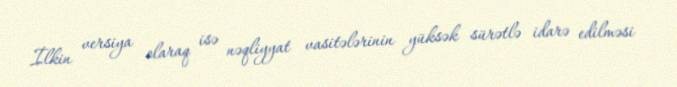
İlkin versiya olaraq isə nəqliyyat vasitələrinin yüksək sürətlə idarə edilməsi